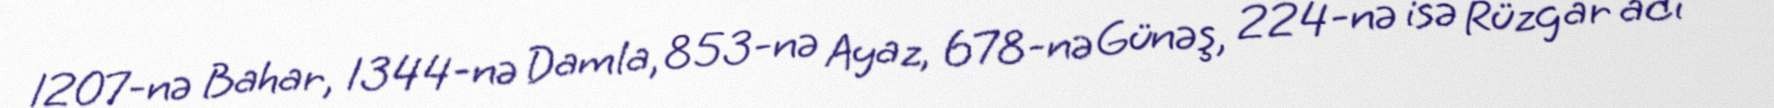
1207-nə Bahar, 1344-nə Damla, 853-nə Ayaz, 678-nə Günəş, 224-nə isə Rüzgar adı